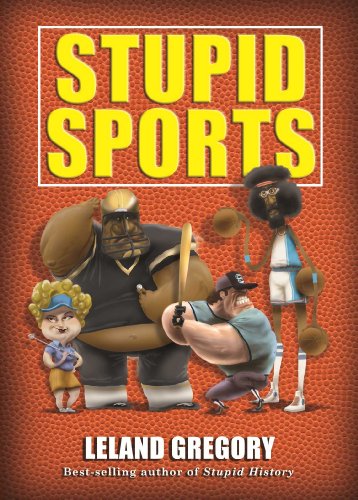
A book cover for Stupid Sports; Leland Gregory; Humor & Entertainment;